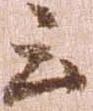
云